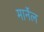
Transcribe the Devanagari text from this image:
मार्नेल